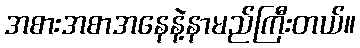
အစားအစာအနေနဲ့နာမည်ကြီးတယ်။